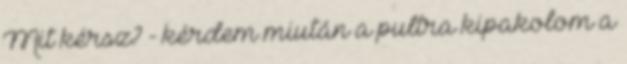
Mit kérsz? - kérdem miután a pultra kipakolom a